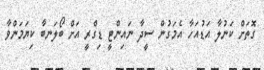
ގޮތަށް ކަނުލާ އަޑުއަހާ އެމަގުން ސީދާ ނައިންޓީ ޑިގްރީ އަށް ބޯލަނބާ ކިޔަމަންވާ